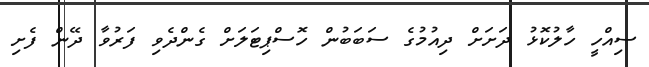
ސިއްހީ ހާލުކޮޅު ދަށަށް ދިއުމުގެ ސަބަބުން ހޮސްޕިޓަލަށް ގެންދެވި ފަރުވާ ދޭން ފެށި